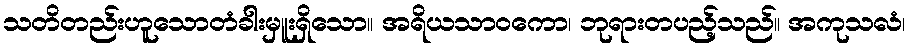
သတိတည်းဟူသောတံခါးမှူးရှိသော။ အရိယသာဝကော၊ ဘုရားတပည့်သည်။ အကုသလံ၊